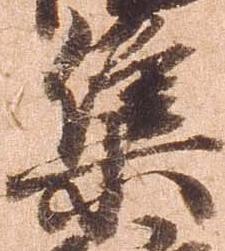
集